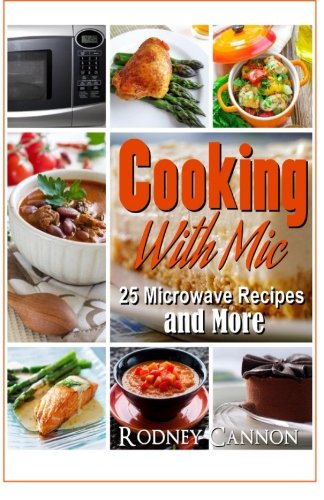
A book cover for Cooking With Mic, 25 Easy Microwave  Recipes and More (microwave cooking) (Volume 1); rodney cannon; Cookbooks, Food & Wine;